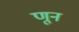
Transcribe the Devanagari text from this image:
णून